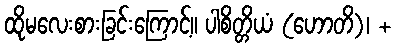
ထိုမလေးစားခြင်းကြောင့်။ ပါစိတ္တိယံ (ဟောတိ)၊ +